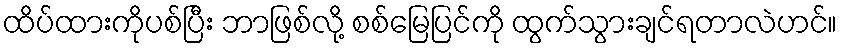
ထိပ်ထားကိုပစ်ပြီး ဘာဖြစ်လို့ စစ်မြေပြင်ကို ထွက်သွားချင်ရတာလဲဟင်။